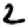
Digit: 2